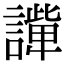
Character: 𧬟